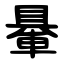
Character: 䡞